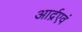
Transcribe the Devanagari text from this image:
आर्द्रएवं